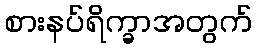
စားနပ်ရိက္ခာအတွက်